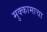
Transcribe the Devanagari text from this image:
मुक्कामाचा